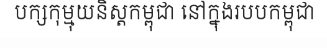
បក្សកុម្មុយនិស្តកម្ពុជា នៅក្នុងរបបកម្ពុជា